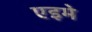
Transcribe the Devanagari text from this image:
एइमे